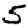
Digit: 5